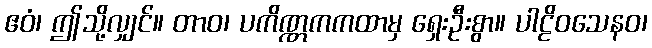
ဧဝံ၊ ဤသို့လျှင်။ တာဝ၊ ပကိဏ္ဏကကထာမှ ရှေးဦးစွာ။ ပါဠိဝသေနဝ၊